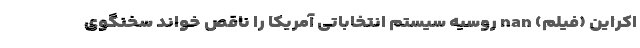
اکراین (فیلم) nan روسیه سیستم انتخاباتی آمریکا را ناقص خواند سخنگوی